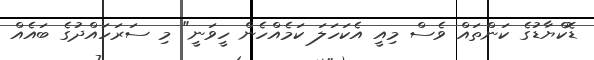
ޑޮކްޔާޑުގެ ކަންތައް ވެސް މިއީ އެކަހަލަ ކަމެއްހެން ހީވަނީ" މި ސަރަހައްދުގެ ބައެއް